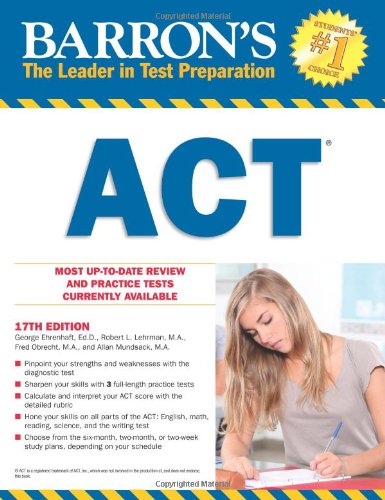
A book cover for Barron's ACT, 17th Edition; George Ehrenhaft Ed.D.; Test Preparation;